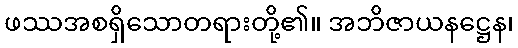
ဖဿအစရှိသောတရားတို့၏။ အဘိဇာယနဋ္ဌေန၊